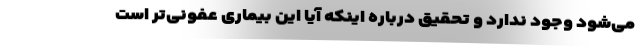
می‌شود وجود ندارد و تحقیق درباره اینکه آیا این بیماری عفونی‌تر است